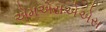
એમએસએએસ